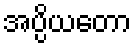
အပ္ပိယတော